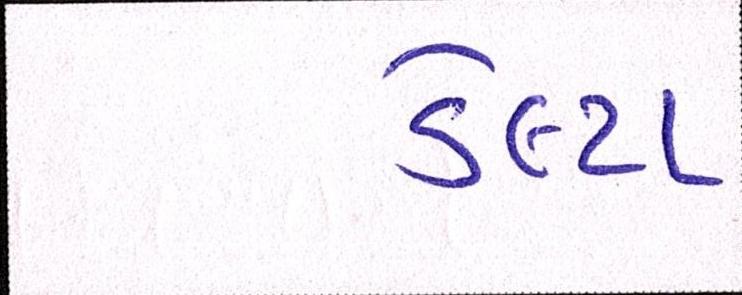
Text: ડેલ્ટા